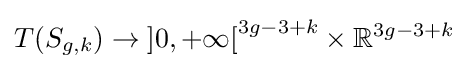
T(S_{g,k})\to \left]0,+\infty \right[^{3g-3+k}\times \mathbb {R} ^{3g-3+k}